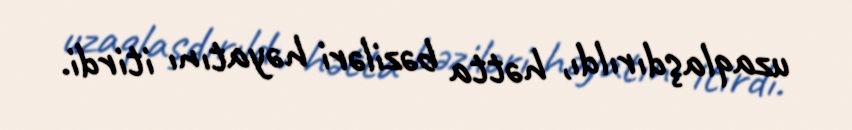
uzaqlaşdırıldı, hətta bəziləri həyatını itirdi.